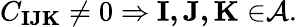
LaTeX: C_{\mathbf{IJK}}\neq 0\Rightarrow\mathbf{I,J,K\in}\mathcal{A}.